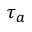
\tau _ { a }